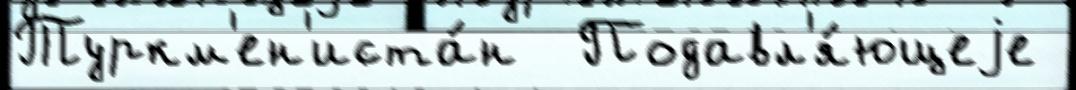
Туркм'ен'иста́н  Подавл'я́ющеjе